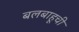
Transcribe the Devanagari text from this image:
बलबाहूची